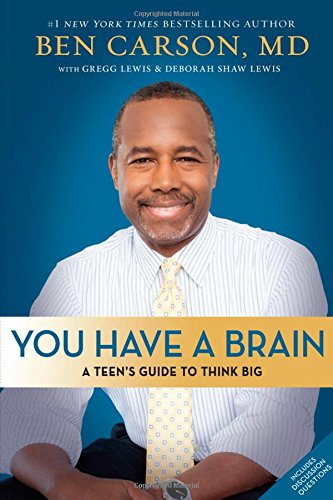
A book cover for You Have a Brain: A Teen's Guide to T.H.I.N.K. B.I.G.; Ben Carson  M.D.; Education & Teaching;